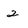
Character: 2